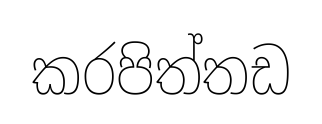
කරපිත්තඩ